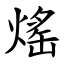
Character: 熎